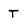
Character: T